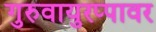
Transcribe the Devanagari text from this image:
गुरुवायुरप्पावर